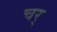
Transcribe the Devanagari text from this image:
चर्